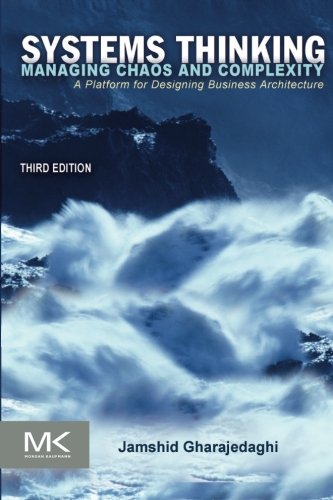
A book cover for Systems Thinking, Third Edition: Managing Chaos and Complexity: A Platform for Designing Business Architecture; Jamshid Gharajedaghi; Science & Math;